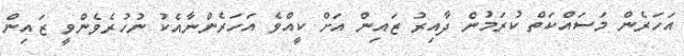
އަހަރެން މަސައްކަތް ކުރަމުން ދާއިރު ޒައިން އަށް ކީއްވެ އަހަރެންނާއެކު ނުހުރެވެންވީ ޒައިން